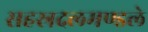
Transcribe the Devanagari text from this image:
सहस्रदलमण्डले